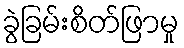
ခွဲခြမ်းစိတ်ဖြာမှု